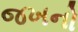
જખનો